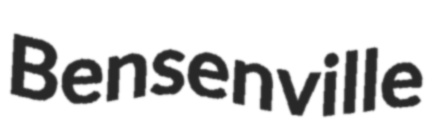
Bensenville